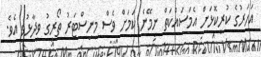
އަހަރުގެ ކުރީކޮޅަށް އެމަސައްކަތް ނިމޭނެ ކަމަށް ވެސް މިނިސްޓަރު ތޯރިގު ވިދާޅުވި އެވެ.